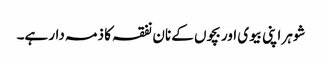
شوہر اپنی بیوی اور بچوں کے نان نفقہ کا ذمہ دار ہے۔